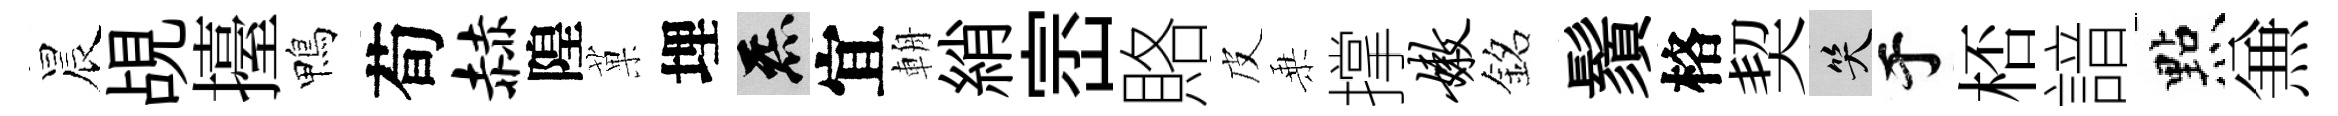
晨覘擡鴨荀赫隍菓埋炁宜輈綃崈賂皮乗撑嫩銘鬚格契笑于桮諳㸃𠔥